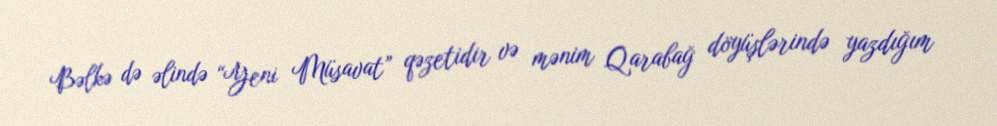
Bəlkə də əlində “Yeni Müsavat” qəzetidir və mənim Qarabağ döyüşlərində yazdığım